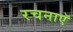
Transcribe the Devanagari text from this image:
रचनाएॅ